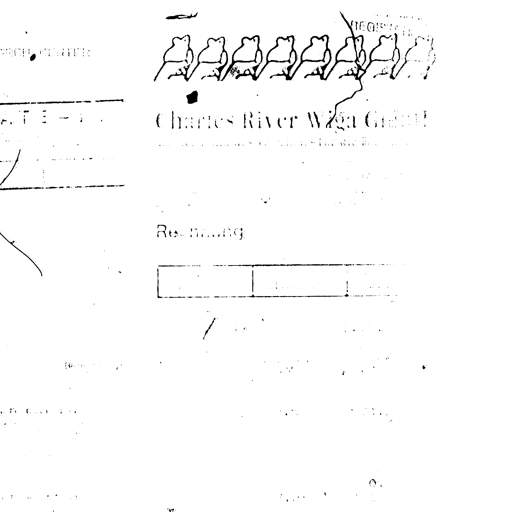
Charles River Wiga GmbH
Rechnung